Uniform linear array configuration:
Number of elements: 24
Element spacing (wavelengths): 0.75
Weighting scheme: binomial
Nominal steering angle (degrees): -60
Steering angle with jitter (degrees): -59.373
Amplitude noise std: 0.05
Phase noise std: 0.05

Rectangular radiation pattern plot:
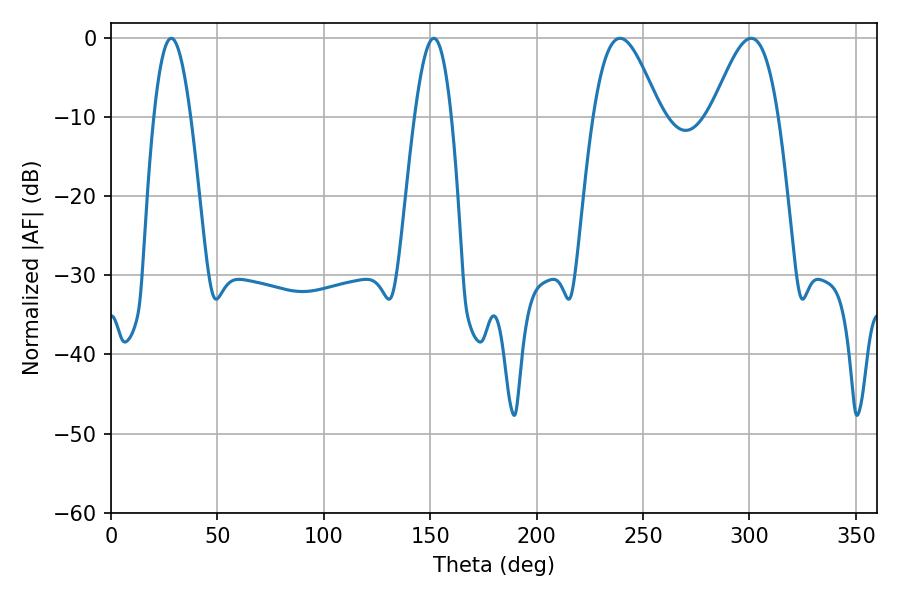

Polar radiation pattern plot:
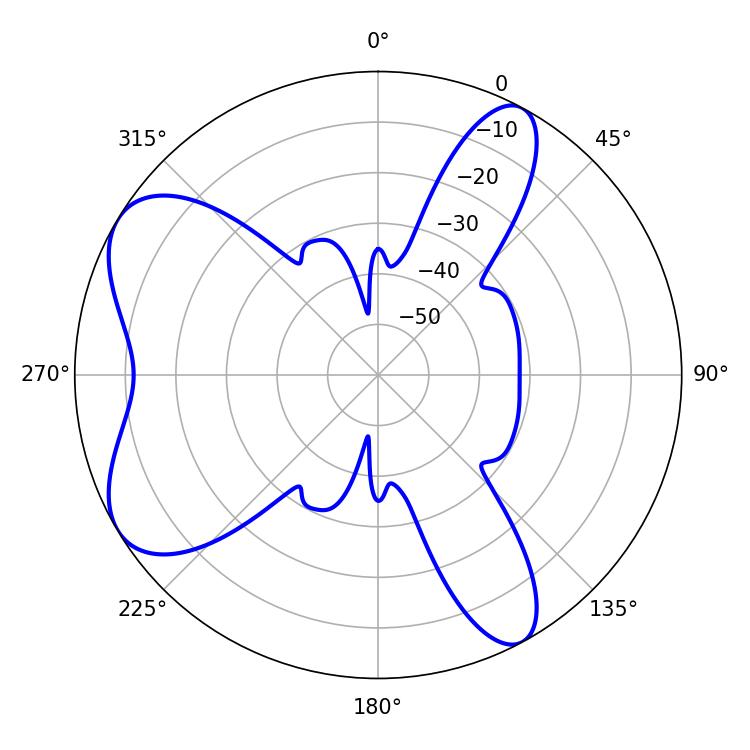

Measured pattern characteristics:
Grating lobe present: TRUE
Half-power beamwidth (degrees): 16.74
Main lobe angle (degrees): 239.22